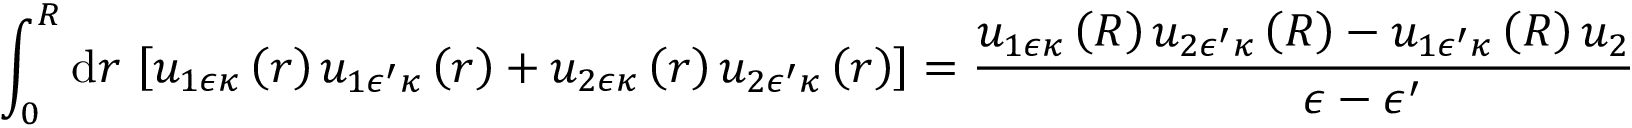
\int _ { 0 } ^ { R } \mathrm { d } r \, \left[ u _ { 1 \epsilon \kappa } \left( r \right) u _ { 1 \epsilon ^ { \prime } \kappa } \left( r \right) + u _ { 2 \epsilon \kappa } \left( r \right) u _ { 2 \epsilon ^ { \prime } \kappa } \left( r \right) \right] = \frac { u _ { 1 \epsilon \kappa } \left( R \right) u _ { 2 \epsilon ^ { \prime } \kappa } \left( R \right) - u _ { 1 \epsilon ^ { \prime } \kappa } \left( R \right) u _ { 2 \epsilon \kappa } \left( R \right) } { \epsilon - \epsilon ^ { \prime } } \, .